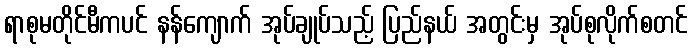
ရာစုမတိုင်မီကပင် နန်ကျောက် အုပ်ချုပ်သည့် ပြည်နယ် အတွင်းမှ အုပ်စုလိုက်စတင်